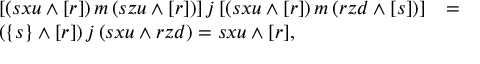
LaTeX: \begin{array} { l l l } { { [ ( s x u \wedge [ r ] ) \, m \, ( s z u \wedge [ r ] ) ] \, j \, [ ( s x u \wedge [ r ] ) \, m \, ( r z d \wedge [ s ] ) ] } } & { { = } } & { { } } \\ { { ( \{ s \} \wedge [ r ] ) \, j \, ( s x u \wedge r z d ) = s x u \wedge [ r ] , } } & { { } } & { { } } \end{array}